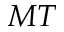
M T